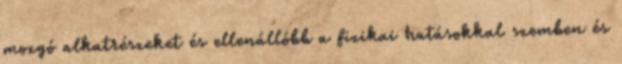
mozgó alkatrészeket és ellenállóbb a fizikai hatásokkal szemben és